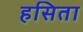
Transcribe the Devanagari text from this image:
हसिता